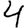
Digit: 4